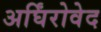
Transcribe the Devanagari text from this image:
अर्घिंरोवेद